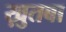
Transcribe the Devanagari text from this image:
ख़ुतबा